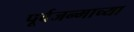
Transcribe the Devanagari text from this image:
पूर्वजन्माच्या